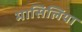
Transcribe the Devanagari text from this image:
मासिलिया